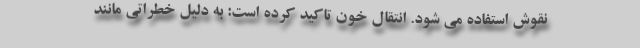
نقوش استفاده می شود. انتقال خون تاکید کرده است: به دلیل خطراتی مانند